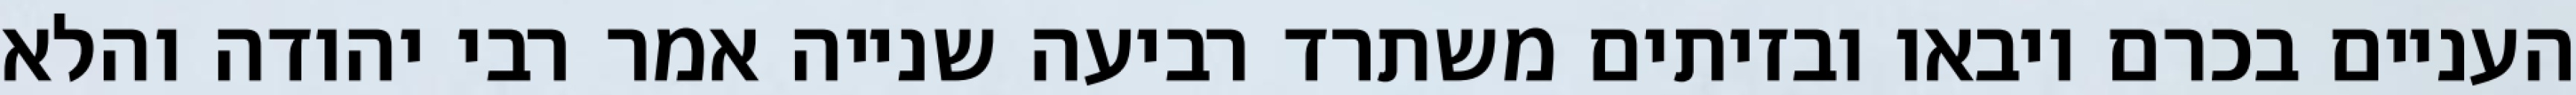
העניים בכרם ויבאו ובזיתים משתרד רביעה שנייה אמר רבי יהודה והלא